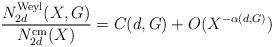
LaTeX: \begin{align*}\frac{N_{2d}^{\textrm{Weyl}}(X,G)}{N_{2d}^{\textrm{cm}}(X)} = C(d, G) + O(X^{-\alpha(d,G)}) \end{align*}